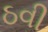
ઠવી